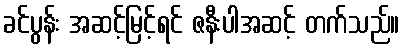
ခင်ပွန်း အဆင့်မြင့်ရင် ဇနီးပါအဆင့် တက်သည်။